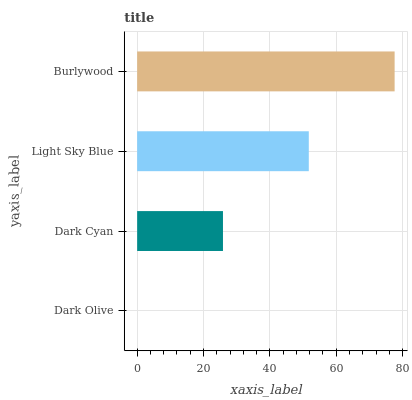
| yaxis_label | bars |
 | --- | --- |
 | Dark Olive | 0 |
 | Dark Cyan | 25.9 |
 | Light Sky Blue | 51.7 |
 | Burlywood | 77.6 |